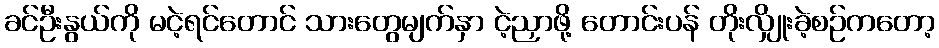
ခင်ဦးနွယ်ကို မငဲ့ရင်တောင် သားတွေမျက်နှာ ငဲ့ညှာဖို့ တောင်းပန် တိုးလျှိုးခဲ့စဉ်ကတော့